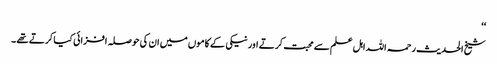
‘‘
شیخ الحدیث رحمہ اللہ اہل علم سے محبت کرتے اورنیکی کے کاموں میں ان کی حوصلہ افزائی کیا کرتے تھے ۔